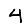
Digit: 4